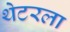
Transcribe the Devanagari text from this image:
थेटरला